画像に写った文字を読んでください
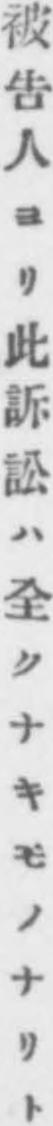
「被告人ヨリ此訴訟ハ全クナキモノナリト」と書いてあります